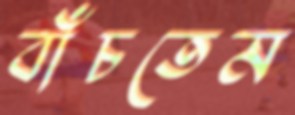
বাঁচতেম